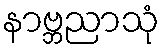
နာဗ္ဘညာသုံ